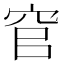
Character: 𮃻